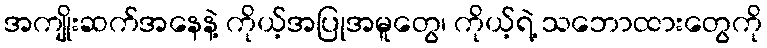
အကျိုးဆက်အနေနဲ့ ကိုယ့်အပြုအမူတွေ၊ ကိုယ့်ရဲ့ သဘောထားတွေကို